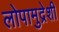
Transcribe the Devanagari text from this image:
लोपामुद्रेशी